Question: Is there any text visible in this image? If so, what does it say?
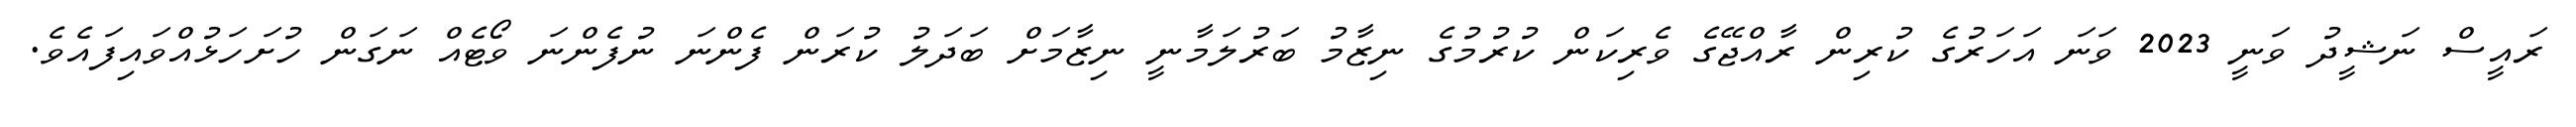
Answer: ރައީސް ނަޝީދު ވަނީ 2023 ވަނަ އަހަރުގެ ކުރިން ރާއްޖޭގެ ވެރިކަން ކުރުމުގެ ނިޒާމު ބަރުލަމާނީ ނިޒާމަށް ބަދަލު ކުރަން ފެންނަ ނުފެންނަ ވޯޓެއް ނަގަން ހުށަހަޅުއްވައިފައެވެ.